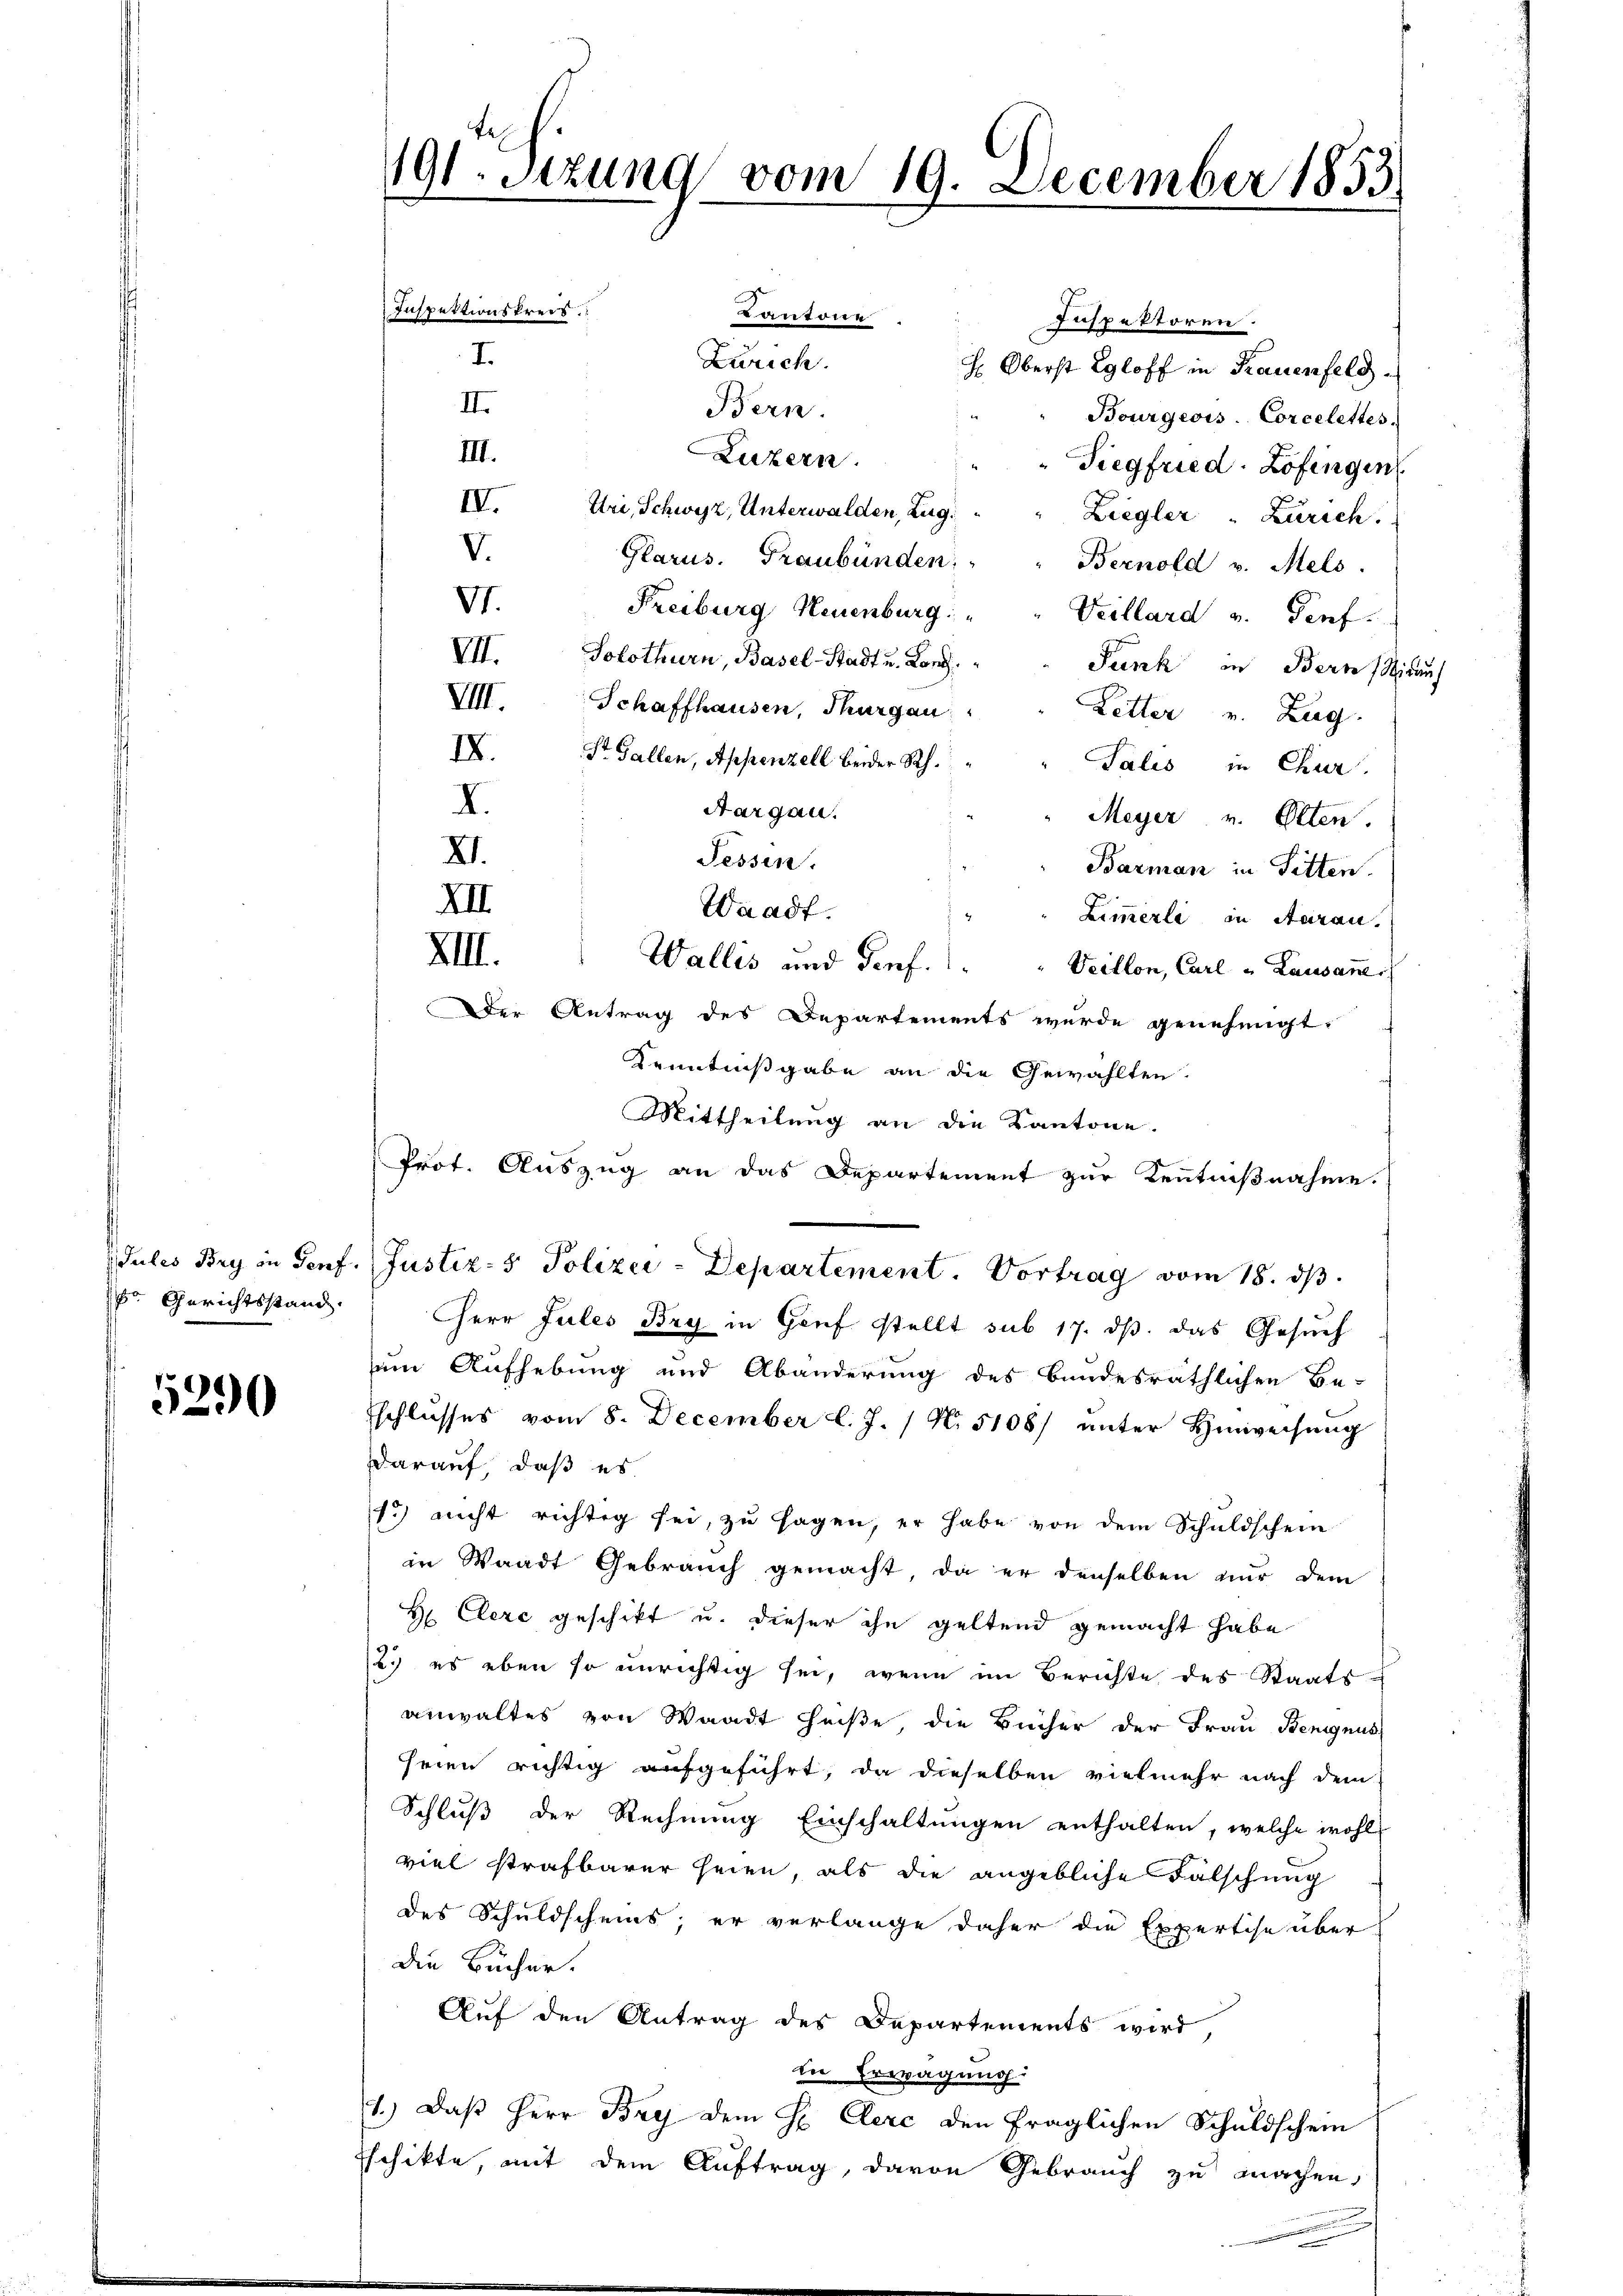
r Gerichtsstand.

5290

191. Sitzung vom 19. December 1853

I.

Kantone
Inspektoren.
Zürich.
H. Oberst Egloff in Frauenfeld.
III.
Bern.
Bourgeois. Corcelettes.
III.
Luzern.
" Siegfried. Zofingen
IV.
Uri, Schwyz, Unterwalden, Zug.
Ziegler " Zürich.
V.
Glarus. Graubünden.
Bernold v. Mels.
VI.
Freiburg, Neuenburg.
Veillard v. Porf.
VII.
Solothurn, Basel-Stadt u. Long.
Funk in Bern, Nidauf
VIII. Schaffhausen, Thurgau:
Letter v. Zug.
IV. St. Gallen, Appenzell beider Rh.
Salis in Chur.
I.
Aargau.
Meyer v. Etten.
XI.
Tessin.
Barman in Sitten.
XII.
Waadt.
Zimmerli in Aaran.
XII.
Wallis und Genf. " " Veillon, Carl u Lausannes
Der Antrag des Departements wurde genehmigt.
Kenntnißgabe an die Gewählten.
Mittheilung an die Kantone.
Prot. Auszug an das Departement zur Kenntniβnahme.
Jules Bry in Genf. (Justiz- & Polizei-Departement. Vortrag vom 18. ds.

Inspektionskreis

Herr Jules Bry in Genf stellt sub 17. ds. das Gesuch
um Aufhebung und Abänderung des bundesräthlichen Be-
Eschlŭsses vom 8. December l. J. / N. 5108/ ŭnter Hinweisŭng
darauf, daß es
13) nicht richtig sei, zu sagen, er habe von dem Schuldschein
in Waadt Gebrauch gemacht, da er denselben nur dem
H Clere geschikt u. dieser ihn geltend gemacht habe
2.) es eben so unrichtig sei, wenn im Berichte des Staatsanwaltes von Waadt heiße, die Bücher der Frau Benignus
seien richtig aufgeführt, da dieselben vielmehr nach dem
Schluß der Rechnung Einschaltungen enthalten, welche wohl-
viel strafbarer seien, als die angebliche Fälschung
des Schuldscheins, er verlange daher die Expertise über
die Bücher.
Auf den Antrag des Departements wird,
In Erwägung.
1.) Daß Herr Bry dem H. Aerc den fraglichen Schuldschein
Eschikte, mit dem Auftrag, davon Gebrauch zu machen,